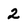
Character: 2